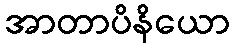
အာတာပိနိယော